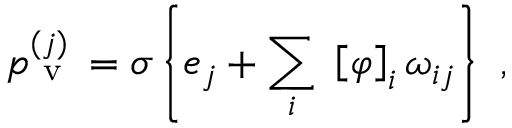
p _ { \mathrm { ~ v ~ } } ^ { ( j ) } = \sigma \left\{ e _ { j } + \sum _ { i } \; \left[ \varphi \right] _ { i } \omega _ { i j } \right\} \mathrm { ~ , ~ }